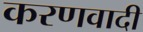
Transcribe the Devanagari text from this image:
करणवादी